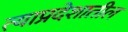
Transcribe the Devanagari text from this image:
त्याप्रदेशातील